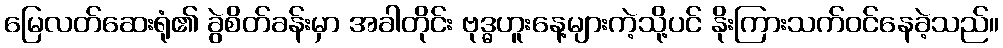
မြေလတ်ဆေးရုံ၏ ခွဲစိတ်ခန်းမှာ အခါတိုင်း ဗုဒ္ဓဟူးနေ့များကဲ့သို့ပင် နိုးကြားသက်ဝင်နေခဲ့သည်။